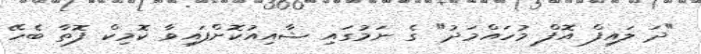
"ދަ ލައިފް އޮފް މުހައްމަދު" ގެ ނަމުގައި ޝާއިއުކޮށްފައިވާ ކޮމިކް ފޮތާ ބެހޭ